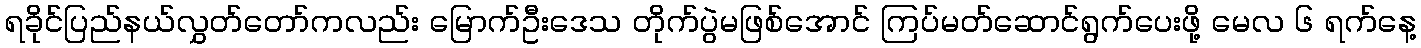
ရခိုင်ပြည်နယ်လွှတ်တော်ကလည်း မြောက်ဦးဒေသ တိုက်ပွဲမဖြစ်အောင် ကြပ်မတ်ဆောင်ရွက်ပေးဖို့ မေလ ၆ ရက်နေ့